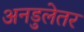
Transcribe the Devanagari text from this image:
अनडुलेतर